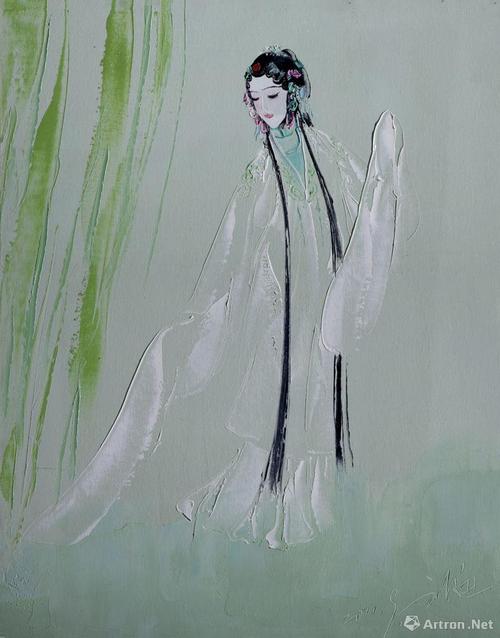
浮云终日行，游子久不至。